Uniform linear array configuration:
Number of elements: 64
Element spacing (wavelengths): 0.25
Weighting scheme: exponential
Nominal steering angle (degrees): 0
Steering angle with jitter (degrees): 0.6607
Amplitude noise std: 0.05
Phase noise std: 0.05

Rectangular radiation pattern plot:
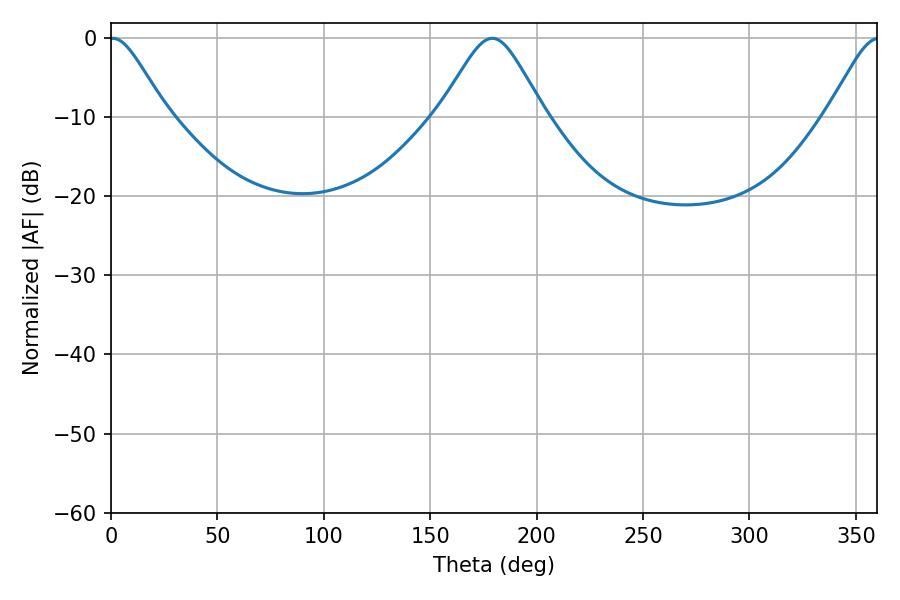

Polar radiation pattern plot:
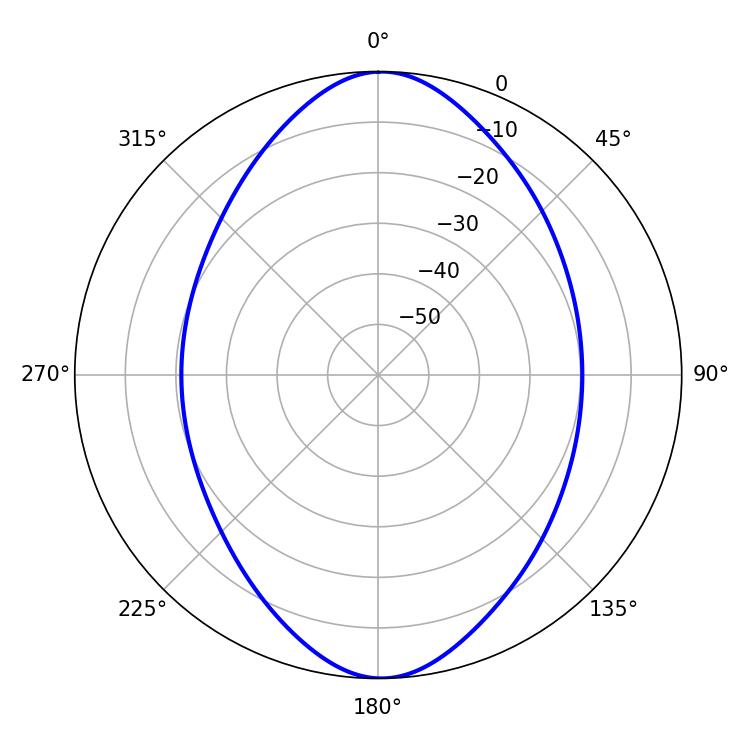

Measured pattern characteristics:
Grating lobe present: FALSE
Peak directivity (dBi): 18.217
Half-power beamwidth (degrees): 12.96
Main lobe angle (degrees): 0.9